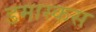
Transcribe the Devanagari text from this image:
डमास्कस